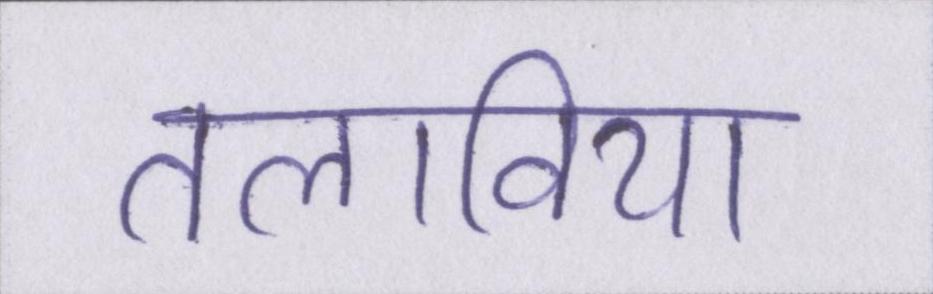
तलाविया